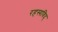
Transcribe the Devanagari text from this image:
रहस्यविद्